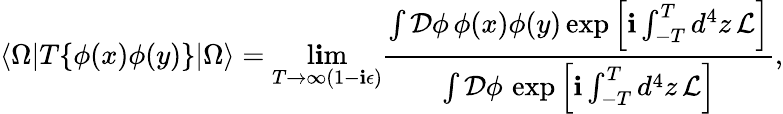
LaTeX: \langle\Omega|T\{ \phi(x)\phi(y)\} |\Omega\rangle=\operatorname*{l\mathbf{i}m}_{T\to\infty(1-\mathbf{i}\epsilon)}{\frac{{\int{\mathcal{{D}}}\phi\, \phi(x)\phi(y)\exp\left[\mathbf{i}\int_{-T}^{T}d^{4}z\, {\mathcal{{L}}}\right]}}{{\int{\mathcal{{D}}}\phi\, \exp\left[\mathbf{i}\int_{-T}^{T}d^{4}z\, {\mathcal{{L}}}\right]}}},